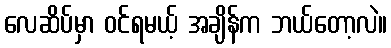
လေဆိပ်မှာ ဝင်ရမယ့် အချိန်က ဘယ်တော့လဲ။